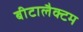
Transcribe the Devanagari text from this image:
बीटालैक्टम